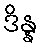
ဒိန္န